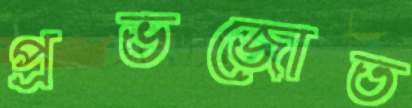
প্রভজোত